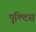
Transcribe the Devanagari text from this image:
पूल्टिस